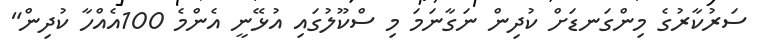
ސަރުކާރުގެ މިންގަނޑަށް ކުދިން ނަގާނަމަ މި ސްކޫލުގައި އުޅޭނީ އެންމެ 100އެއްހާ ކުދިން"